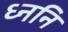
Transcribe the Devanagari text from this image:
ध्ननि